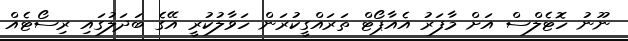
ނޫނު ހޮޓެލްސް އަށް މާފަރު އެއާޕޯޓް ތަރައްގީކުރަން ހަވާލުކުރީ އޭގެ ބަދަލުގައި ރިސޯޓެއް